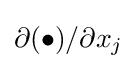
\partial {(\bullet )}/\partial x_{j}